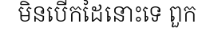
មិនបើកដៃនោះទេ ពួក